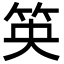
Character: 䇦